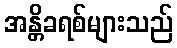
အန္တိခရစ်များသည်